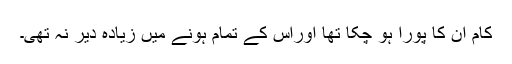
کام ان کا پورا ہو چکا تھا اوراس کے تمام ہونے میں زیادہ دیر نہ تھی۔